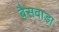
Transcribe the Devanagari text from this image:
बैसवाड़ा